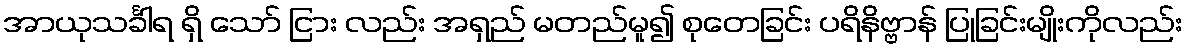
အာယုသင်္ခါရ ရှိ သော် ငြား လည်း အရှည် မတည်မူ၍ စုတေခြင်း ပရိနိဗ္ဗာန် ပြုခြင်းမျိုးကိုလည်း